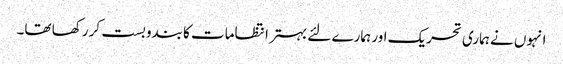
انہوں نے ہماری تحریک اور ہمارے لئے بہتر انتظامات کا بندوبست کر رکھا تھا۔